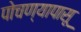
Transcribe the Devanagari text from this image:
पोचण्यापासू